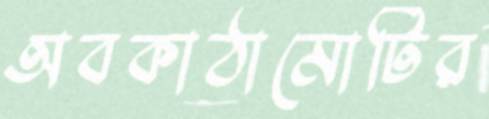
অবকাঠামোটির